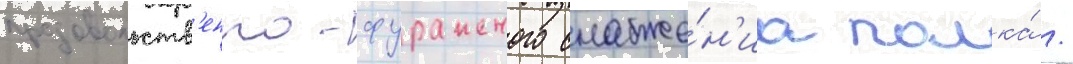
продовольств'енно-фуражного снабже́н'иа полка́ /